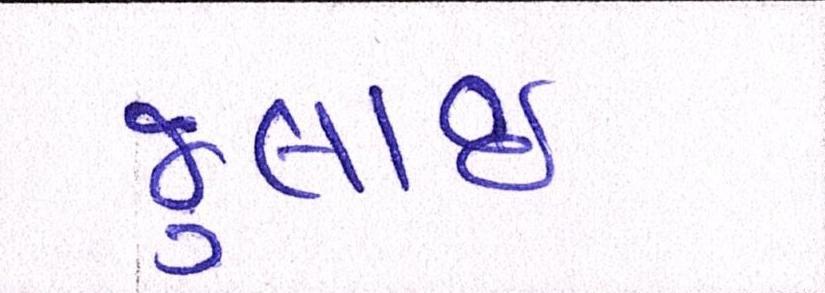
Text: જુલાઇ